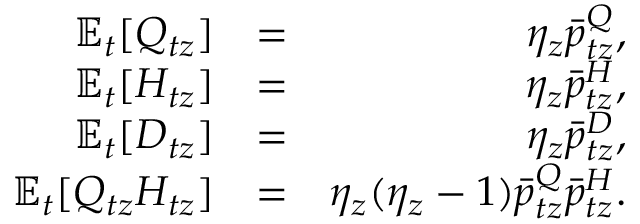
\begin{array} { r l r } { \mathbb { E } _ { t } [ Q _ { t z } ] } & { = } & { \eta _ { z } \bar { p } _ { t z } ^ { Q } , } \\ { \mathbb { E } _ { t } [ H _ { t z } ] } & { = } & { \eta _ { z } \bar { p } _ { t z } ^ { H } , } \\ { \mathbb { E } _ { t } [ D _ { t z } ] } & { = } & { \eta _ { z } \bar { p } _ { t z } ^ { D } , } \\ { \mathbb { E } _ { t } [ Q _ { t z } H _ { t z } ] } & { = } & { \eta _ { z } ( \eta _ { z } - 1 ) \bar { p } _ { t z } ^ { Q } \bar { p } _ { t z } ^ { H } . } \end{array}